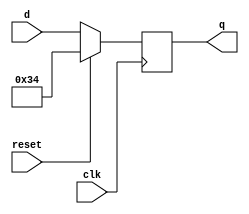
//
//
// https://hdlbits.01xz.net/wiki/Dff8p
//
//

`default_nettype none

module top_module (
    input           clk,
    input           reset,
    input   [7:0]   d,
    output  [7:0]   q
);

    reg [7:0]   q_r;
    always @(negedge clk) begin
        if (reset)
            q_r <= 8'h34;
        else
            q_r <= d;
    end

    assign q = q_r;

endmodule